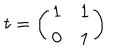
t = \left( \begin{array} { c c } { { 1 } } & { { 1 } } \\ { { 0 } } & { { 1 } } \\ \end{array} \right)